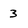
Character: 3